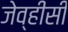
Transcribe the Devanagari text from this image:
जेव्हीसी